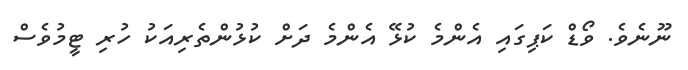
ނޫނެވެ. ވޯޑް ކަޕިގައި އެންމެ ކުޅޭ އެންމެ ދަށް ކުޅުންތެރިއަކު ހުރި ޓީމުވެސް